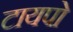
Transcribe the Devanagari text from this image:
टायपो